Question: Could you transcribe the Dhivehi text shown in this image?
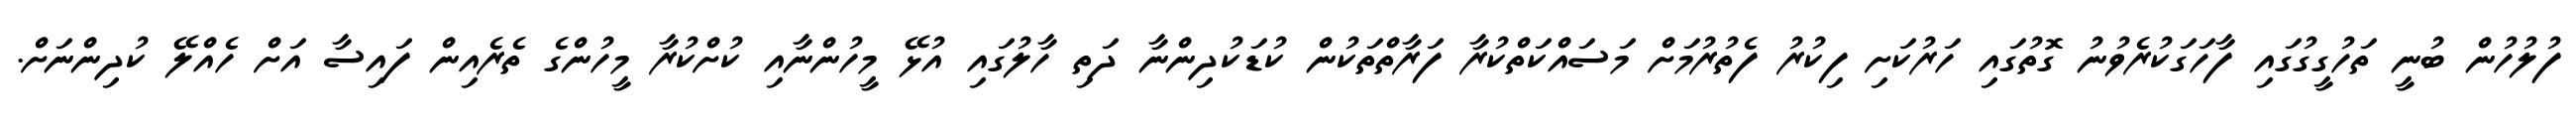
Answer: ފުލުހުން ބުނީ ތަހުގީގުގައި ފާހަގަކުރެވުނު ގޮތުގައި ހަރުކަށި ފިކުރު ފެތުރުމަށް މަސައްކަތްކުރާ ފަރާތްތަކުން ކުޑަކުދިންނާ ދަތި ހާލުގައި އުޅޭ މީހުންނާއި ކުށްކުރާ މީހުންގެ ތެރެއިން ފައިސާ އަށް ހެއްލޭ ކުދިންނަށް.